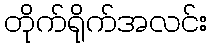
တိုက်ရိုက်အလင်း